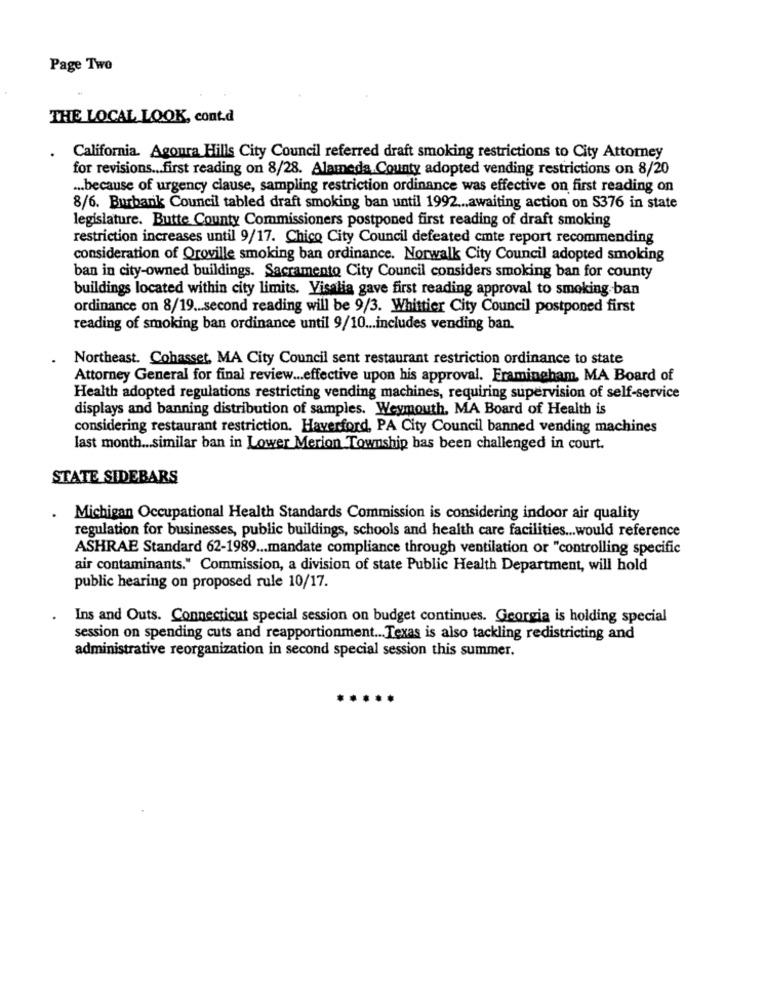
Page Two
THE LOCAL LOOK, cont.d
California. Agoura Hills City Council referred draft smoking restrictions to City Attorney
for revisions ... first reading on 8/28. Alameda County adopted vending restrictions on 8/20
... because of urgency clause, sampling restriction ordinance was effective on first reading on
8/6. Burbank Council tabled draft smoking ban until 1992 ... awaiting action on S376 in state
legislature. Butte County Commissioners postponed first reading of draft smoking
restriction increases until 9/17. Chico City Council defeated cmte report recommending
consideration of Oroville smoking ban ordinance. Norwalk City Council adopted smoking
ban in city-owned buildings. Sacramento City Council considers smoking ban for county
buildings located within city limits. Visalia gave first reading approval to smoking ban
ordinance on 8/19 ... second reading will be 9/3. Whittier City Council postponed first
reading of smoking ban ordinance until 9/10 ... includes vending ban.
Northeast. Cohasset, MA City Council sent restaurant restriction ordinance to state
Attorney General for final review ... effective upon his approval. Framingham, MA Board of
Health adopted regulations restricting vending machines, requiring supervision of self-service
displays and banning distribution of samples. Weymouth, MA Board of Health is
considering restaurant restriction. Haverford, PA City Council banned vending machines
last month ... similar ban in Lower Merion Township has been challenged in court.
STATE SIDEBARS
. Michigan Occupational Health Standards Commission is considering indoor air quality
regulation for businesses, public buildings, schools and health care facilities ... would reference
ASHRAE Standard 62-1989 ... mandate compliance through ventilation or "controlling specific
air contaminants." Commission, a division of state Public Health Department, will hold
public hearing on proposed rule 10/17.
Ins and Outs. Connecticut special session on budget continues. Georgia is holding special
session on spending cuts and reapportionment .. . Texas is also tackling redistricting and
administrative reorganization in second special session this summer.